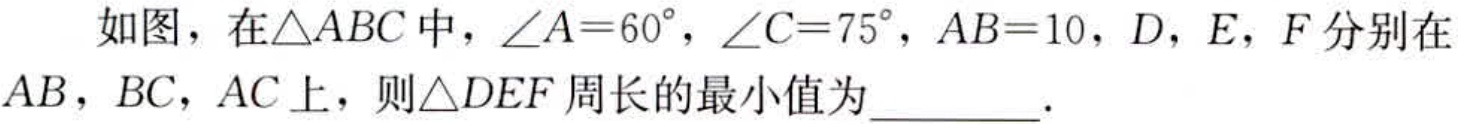
如图，在$\triangle ABC$中，$\angle A = 60^{\circ}$，$\angle C = 75^{\circ}$，$AB = 10$，$D$，$E$，$F$分别在$AB$，$BC$，$AC$上，则$\triangle DEF$周长的最小值为  ．